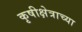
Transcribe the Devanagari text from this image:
कृषीक्षेत्राच्या